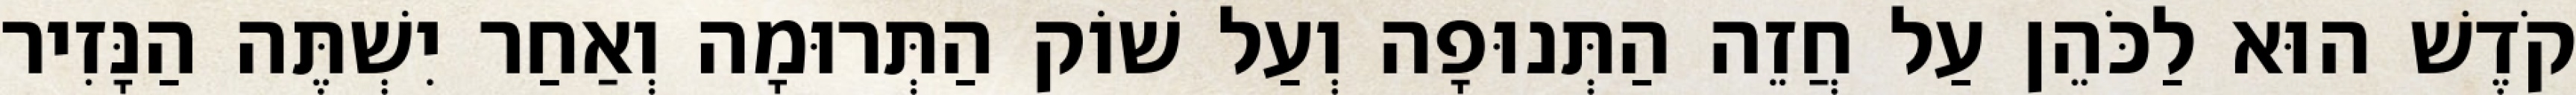
קֹדֶשׁ הוּא לַכֹּהֵן עַל חֲזֵה הַתְּנוּפָה וְעַל שׁוֹק הַתְּרוּמָה וְאַחַר יִשְׁתֶּה הַנָּזִיר